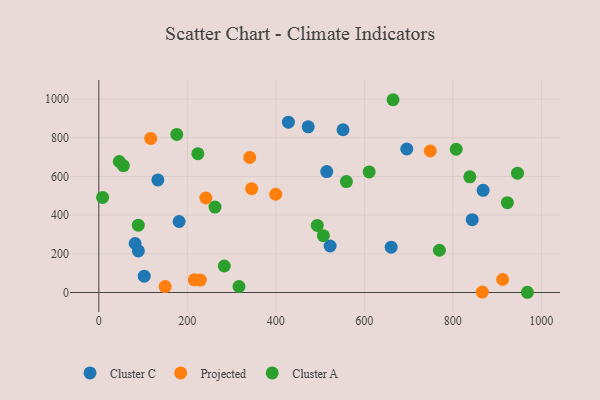
{"axis": {"x": "Experience", "y": "Yield"}, "legend": ["Cluster A", "Cluster C", "Projected"], "data": [{"x": "181.4", "y": 367.0, "type": "Cluster C"}, {"x": "695.9", "y": 741.7, "type": "Cluster C"}, {"x": "868.4", "y": 528.2, "type": "Cluster C"}, {"x": "515.0", "y": 625.0, "type": "Cluster C"}, {"x": "133.4", "y": 581.7, "type": "Cluster C"}, {"x": "102.6", "y": 84.1, "type": "Cluster C"}, {"x": "473.1", "y": 856.3, "type": "Cluster C"}, {"x": "843.8", "y": 376.3, "type": "Cluster C"}, {"x": "551.8", "y": 841.2, "type": "Cluster C"}, {"x": "89.4", "y": 214.8, "type": "Cluster C"}, {"x": "522.7", "y": 240.4, "type": "Cluster C"}, {"x": "428.4", "y": 880.3, "type": "Cluster C"}, {"x": "82.0", "y": 253.1, "type": "Cluster C"}, {"x": "660.6", "y": 234.2, "type": "Cluster C"}, {"x": "866.5", "y": 2.2, "type": "Projected"}, {"x": "345.4", "y": 536.8, "type": "Projected"}, {"x": "912.5", "y": 67.1, "type": "Projected"}, {"x": "117.3", "y": 796.3, "type": "Projected"}, {"x": "149.8", "y": 30.7, "type": "Projected"}, {"x": "399.7", "y": 507.8, "type": "Projected"}, {"x": "749.0", "y": 731.8, "type": "Projected"}, {"x": "215.7", "y": 65.2, "type": "Projected"}, {"x": "229.4", "y": 64.4, "type": "Projected"}, {"x": "340.9", "y": 698.4, "type": "Projected"}, {"x": "241.9", "y": 488.4, "type": "Projected"}, {"x": "89.2", "y": 348.0, "type": "Cluster A"}, {"x": "664.8", "y": 996.4, "type": "Cluster A"}, {"x": "316.7", "y": 30.9, "type": "Cluster A"}, {"x": "8.6", "y": 491.4, "type": "Cluster A"}, {"x": "493.6", "y": 346.5, "type": "Cluster A"}, {"x": "769.6", "y": 218.3, "type": "Cluster A"}, {"x": "610.9", "y": 623.0, "type": "Cluster A"}, {"x": "223.8", "y": 717.6, "type": "Cluster A"}, {"x": "946.1", "y": 616.8, "type": "Cluster A"}, {"x": "923.2", "y": 464.3, "type": "Cluster A"}, {"x": "838.4", "y": 597.7, "type": "Cluster A"}, {"x": "507.4", "y": 293.7, "type": "Cluster A"}, {"x": "46.3", "y": 677.1, "type": "Cluster A"}, {"x": "176.1", "y": 816.8, "type": "Cluster A"}, {"x": "55.5", "y": 655.3, "type": "Cluster A"}, {"x": "968.4", "y": 1.1, "type": "Cluster A"}, {"x": "807.6", "y": 740.5, "type": "Cluster A"}, {"x": "559.5", "y": 573.2, "type": "Cluster A"}, {"x": "283.5", "y": 136.9, "type": "Cluster A"}, {"x": "262.5", "y": 441.6, "type": "Cluster A"}]}